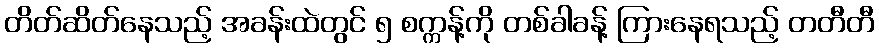
တိတ်ဆိတ်နေသည့် အခန်းထဲတွင် ၅ စက္ကန့်ကို တစ်ခါခန့် ကြားနေရသည့် တတီတီ